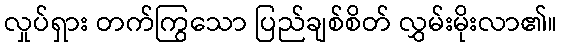
လှုပ်ရှား တက်ကြွသော ပြည်ချစ်စိတ် လွှမ်းမိုးလာ၏။